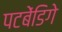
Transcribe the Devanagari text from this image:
पटबेंडिगे